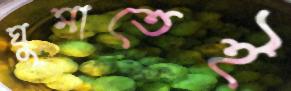
ঘুমাতেই